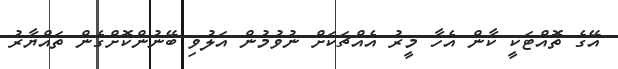
އޭގެ ތޮއްޓަކީ ކާން އެހާ މީރު އެއްޗަކަށް ނުވުމުން އަލުވި ބޭނުންކޮށްގެން ތައްޔާރު